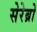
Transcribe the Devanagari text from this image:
सेरेब्रो